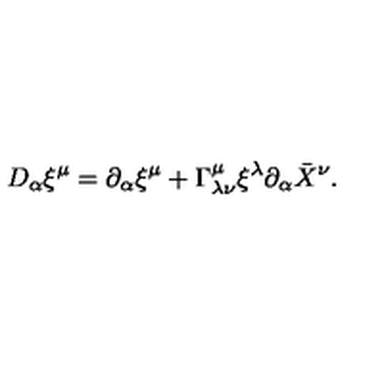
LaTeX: D _ { \alpha } \xi ^ { \mu } = \partial _ { \alpha } \xi ^ { \mu } + \Gamma _ { \lambda \nu } ^ { \mu } \xi ^ { \lambda } \partial _ { \alpha } \bar { X } ^ { \nu } .